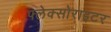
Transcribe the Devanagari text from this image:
फ्लेक्सोराइटर